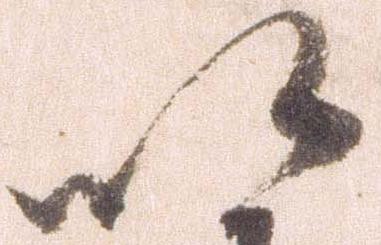
以